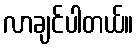
လာချင်ပါတယ်။